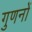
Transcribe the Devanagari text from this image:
गुणनों